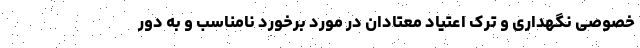
خصوصی نگهداری و ترک اعتیاد معتادان در مورد برخورد نامناسب و به دور